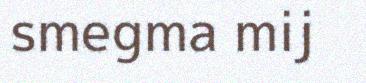
smegma mij